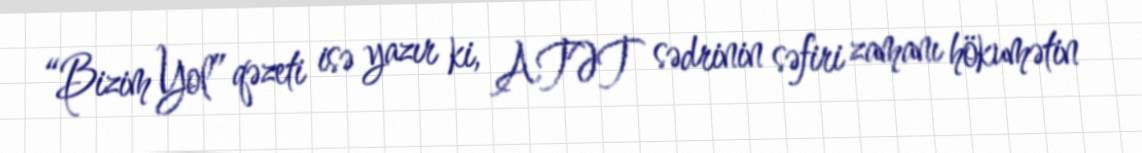
“Bizim Yol” qəzeti isə yazır ki, ATƏT sədrinin səfiri zamanı hökumətin